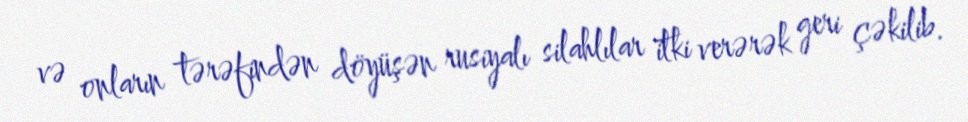
və onların tərəfindən döyüşən rusiyalı silahlılar itki verərək geri çəkilib.